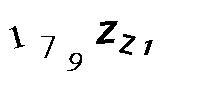
179ZZ1